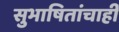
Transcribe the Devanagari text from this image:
सुभाषितांचाही